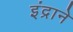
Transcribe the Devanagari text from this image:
इंद्राने